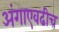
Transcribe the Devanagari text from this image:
अंगाएवढीच